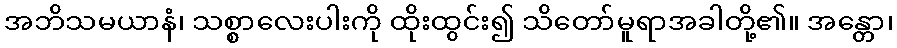
အဘိသမယာနံ၊ သစ္စာလေးပါးကို ထိုးထွင်း၍ သိတော်မူရာအခါတို့၏။ အန္တော၊